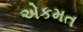
એકમત